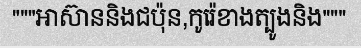
"""អាស៊ាននិងជប៉ុន,កូរ៉េខាងត្បូងនិង"""